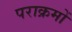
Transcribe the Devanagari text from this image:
पराक्रमों